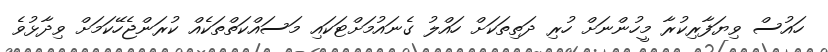
ހައުސް ވިޔަފާރިކުރާ މީހުންނަށް ހުރި ދަތިތަކަށް ހައްލު ގެނައުމަށްޓަކައި މަސައްކަތްތަކެއް ކުރަންޖެހޭކަމަށް ވިދާޅުވެ